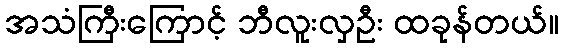
အသံကြီးကြောင့် ဘီလူးလှဦး ထခုန်တယ်။